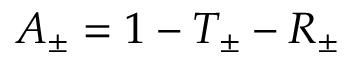
A _ { \pm } = 1 - T _ { \pm } - R _ { \pm }